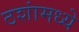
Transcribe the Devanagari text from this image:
ठशांमध्ये